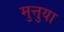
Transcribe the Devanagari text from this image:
मुत्तुया